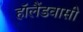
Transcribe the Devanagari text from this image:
हॉलैंडवासी